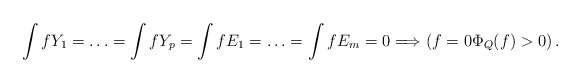
\begin{align*} \int fY_1=\ldots=\int fY_p=\int fE_1=\ldots=\int fE_m=0\Longrightarrow \left( f=0\Phi_Q(f)>0\right).\end{align*}